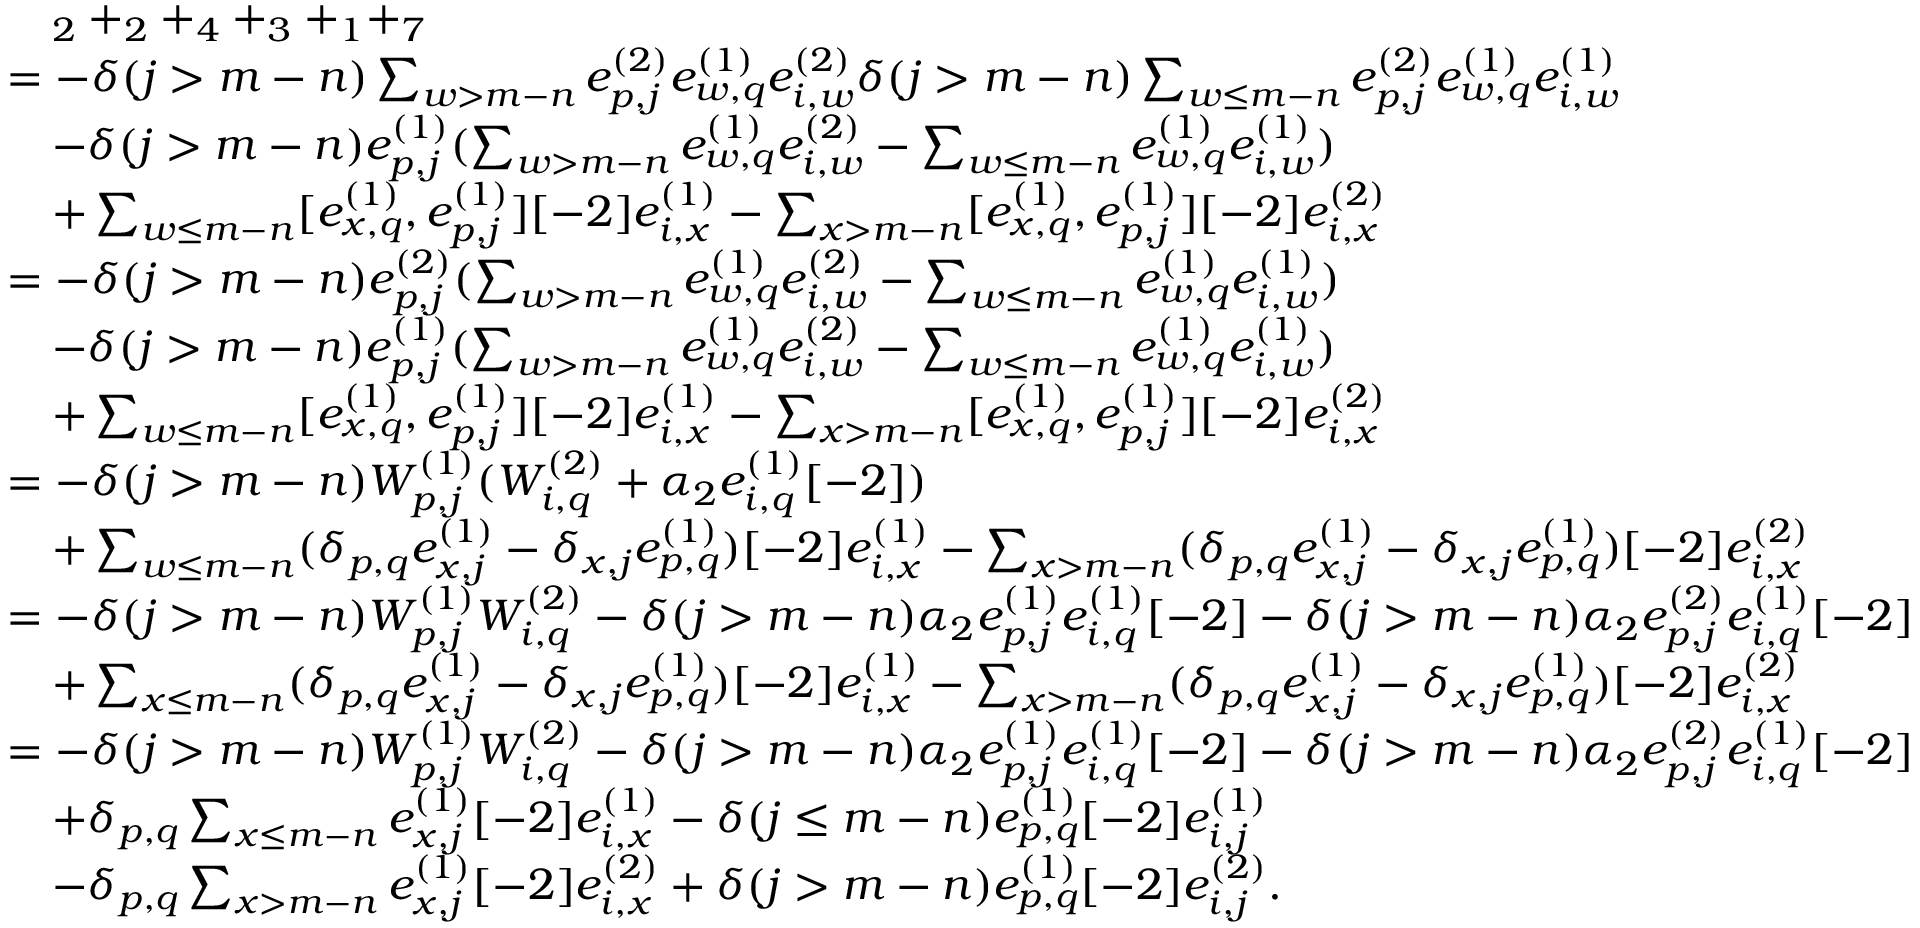
\begin{array} { r l } & { \quad _ { 2 } + _ { 2 } + _ { 4 } + _ { 3 } + _ { 1 } + _ { 7 } } \\ & { = - \delta ( j > m - n ) \sum _ { w > m - n } e _ { p , j } ^ { ( 2 ) } e _ { w , q } ^ { ( 1 ) } e _ { i , w } ^ { ( 2 ) } \delta ( j > m - n ) \sum _ { \substack { w \leq m - n } } e _ { p , j } ^ { ( 2 ) } e _ { w , q } ^ { ( 1 ) } e _ { i , w } ^ { ( 1 ) } } \\ & { \quad - \delta ( j > m - n ) e _ { p , j } ^ { ( 1 ) } ( \sum _ { w > m - n } e _ { w , q } ^ { ( 1 ) } e _ { i , w } ^ { ( 2 ) } - \sum _ { w \leq m - n } e _ { w , q } ^ { ( 1 ) } e _ { i , w } ^ { ( 1 ) } ) } \\ & { \quad + \sum _ { \substack { w \leq m - n } } [ e _ { x , q } ^ { ( 1 ) } , e _ { p , j } ^ { ( 1 ) } ] [ - 2 ] e _ { i , x } ^ { ( 1 ) } - \sum _ { x > m - n } [ e _ { x , q } ^ { ( 1 ) } , e _ { p , j } ^ { ( 1 ) } ] [ - 2 ] e _ { i , x } ^ { ( 2 ) } } \\ & { = - \delta ( j > m - n ) e _ { p , j } ^ { ( 2 ) } ( \sum _ { w > m - n } e _ { w , q } ^ { ( 1 ) } e _ { i , w } ^ { ( 2 ) } - \sum _ { \substack { w \leq m - n } } e _ { w , q } ^ { ( 1 ) } e _ { i , w } ^ { ( 1 ) } ) } \\ & { \quad - \delta ( j > m - n ) e _ { p , j } ^ { ( 1 ) } ( \sum _ { w > m - n } e _ { w , q } ^ { ( 1 ) } e _ { i , w } ^ { ( 2 ) } - \sum _ { w \leq m - n } e _ { w , q } ^ { ( 1 ) } e _ { i , w } ^ { ( 1 ) } ) } \\ & { \quad + \sum _ { \substack { w \leq m - n } } [ e _ { x , q } ^ { ( 1 ) } , e _ { p , j } ^ { ( 1 ) } ] [ - 2 ] e _ { i , x } ^ { ( 1 ) } - \sum _ { x > m - n } [ e _ { x , q } ^ { ( 1 ) } , e _ { p , j } ^ { ( 1 ) } ] [ - 2 ] e _ { i , x } ^ { ( 2 ) } } \\ & { = - \delta ( j > m - n ) W _ { p , j } ^ { ( 1 ) } ( W _ { i , q } ^ { ( 2 ) } + \alpha _ { 2 } e _ { i , q } ^ { ( 1 ) } [ - 2 ] ) } \\ & { \quad + \sum _ { \substack { w \leq m - n } } ( \delta _ { p , q } e _ { x , j } ^ { ( 1 ) } - \delta _ { x , j } e _ { p , q } ^ { ( 1 ) } ) [ - 2 ] e _ { i , x } ^ { ( 1 ) } - \sum _ { x > m - n } ( \delta _ { p , q } e _ { x , j } ^ { ( 1 ) } - \delta _ { x , j } e _ { p , q } ^ { ( 1 ) } ) [ - 2 ] e _ { i , x } ^ { ( 2 ) } } \\ & { = - \delta ( j > m - n ) W _ { p , j } ^ { ( 1 ) } W _ { i , q } ^ { ( 2 ) } - \delta ( j > m - n ) \alpha _ { 2 } e _ { p , j } ^ { ( 1 ) } e _ { i , q } ^ { ( 1 ) } [ - 2 ] - \delta ( j > m - n ) \alpha _ { 2 } e _ { p , j } ^ { ( 2 ) } e _ { i , q } ^ { ( 1 ) } [ - 2 ] } \\ & { \quad + \sum _ { \substack { x \leq m - n } } ( \delta _ { p , q } e _ { x , j } ^ { ( 1 ) } - \delta _ { x , j } e _ { p , q } ^ { ( 1 ) } ) [ - 2 ] e _ { i , x } ^ { ( 1 ) } - \sum _ { x > m - n } ( \delta _ { p , q } e _ { x , j } ^ { ( 1 ) } - \delta _ { x , j } e _ { p , q } ^ { ( 1 ) } ) [ - 2 ] e _ { i , x } ^ { ( 2 ) } } \\ & { = - \delta ( j > m - n ) W _ { p , j } ^ { ( 1 ) } W _ { i , q } ^ { ( 2 ) } - \delta ( j > m - n ) \alpha _ { 2 } e _ { p , j } ^ { ( 1 ) } e _ { i , q } ^ { ( 1 ) } [ - 2 ] - \delta ( j > m - n ) \alpha _ { 2 } e _ { p , j } ^ { ( 2 ) } e _ { i , q } ^ { ( 1 ) } [ - 2 ] } \\ & { \quad + \delta _ { p , q } \sum _ { \substack { x \leq m - n } } e _ { x , j } ^ { ( 1 ) } [ - 2 ] e _ { i , x } ^ { ( 1 ) } - \delta ( j \leq m - n ) e _ { p , q } ^ { ( 1 ) } [ - 2 ] e _ { i , j } ^ { ( 1 ) } } \\ & { \quad - \delta _ { p , q } \sum _ { x > m - n } e _ { x , j } ^ { ( 1 ) } [ - 2 ] e _ { i , x } ^ { ( 2 ) } + \delta ( j > m - n ) e _ { p , q } ^ { ( 1 ) } [ - 2 ] e _ { i , j } ^ { ( 2 ) } . } \end{array}